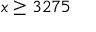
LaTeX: x \geq 3 2 7 5